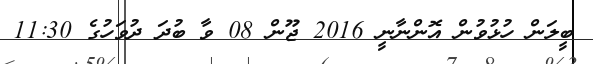
ބީލަން ހުޅުވުން އޮންނާނީ 2016 ޖޫން 08 ވާ ބުދަ ދުވަހުގެ 11:30